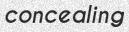
concealing